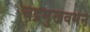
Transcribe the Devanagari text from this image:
चंद्रमुखवर्मन